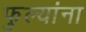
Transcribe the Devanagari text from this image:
फुल्यांना